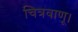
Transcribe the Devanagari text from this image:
चित्रवाणू।